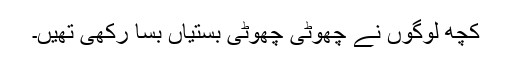
کچھ لوگوں نے چھوٹی چھوٹی بستیاں بسا رکھی تھیں۔